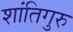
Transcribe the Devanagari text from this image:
शांतिगुरु